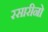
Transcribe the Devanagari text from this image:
रसारीनो